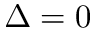
\Delta = 0